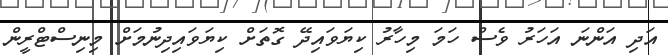
އަދި އަންނަ އަހަރު ވެސް ހަމަ މިހާރު ކިޔަވައިދޭ ގޮތަށް ކިޔަވައިދިނުމަށް މިނިސްޓްރީން